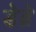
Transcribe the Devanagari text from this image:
डेब्रे